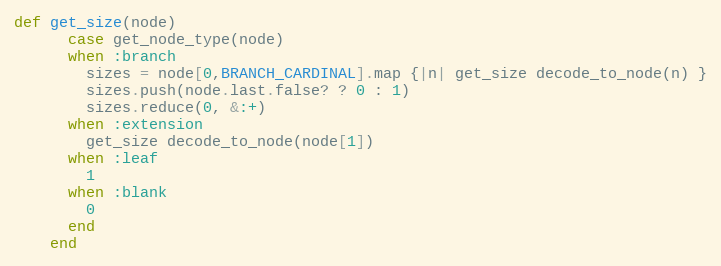
Language: Ruby
def get_size(node)
      case get_node_type(node)
      when :branch
        sizes = node[0,BRANCH_CARDINAL].map {|n| get_size decode_to_node(n) }
        sizes.push(node.last.false? ? 0 : 1)
        sizes.reduce(0, &:+)
      when :extension
        get_size decode_to_node(node[1])
      when :leaf
        1
      when :blank
        0
      end
    end